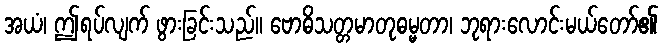
အယံ၊ ဤရပ်လျက် ဖွားခြင်းသည်။ ဗောဓိသတ္တမာတုဓမ္မတာ၊ ဘုရားလောင်းမယ်တော်၏